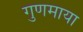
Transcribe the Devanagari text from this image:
गुणमाया